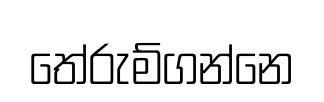
තේරුම්ගන්නෙ